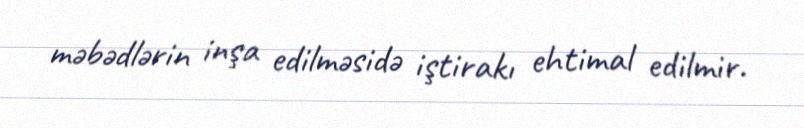
məbədlərin inşa edilməsidə iştirakı ehtimal edilmir.